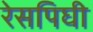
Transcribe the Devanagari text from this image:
रेसपिघी